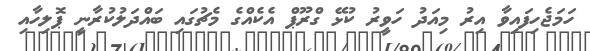
ހަމަޖެހިފައިވާ އިރު މިއަދު ހަވީރު ކުޅޭ ގްރޫޕް އެކެއްގެ މެޗުގައި ބައްދަލުކުރާނީ ޕޮލިހާއި